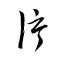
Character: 片